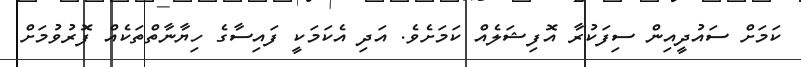
ކަމަށް ސައުދީއިން ސިފަކުރާ އޮފިޝަލެއް ކަމަށެވެ. އަދި އެކަމަކީ ފައިސާގެ ހިޔާނާތްތަކެއް ފޮރުވުމަށް